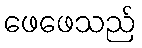
ဖေဖေသည်